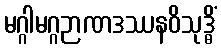
မဂ္ဂါမဂ္ဂဉာဏဒဿနဝိသုဒ္ဓိံ